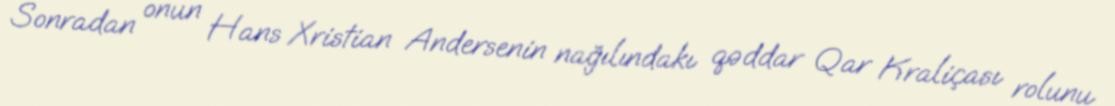
Sonradan onun Hans Xristian Andersenin nağılındakı qəddar Qar Kraliçası rolunu